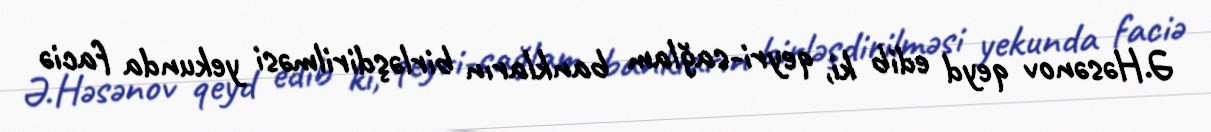
Ə.Həsənov qeyd edib ki, qeyri-sağlam bankların birləşdirilməsi yekunda faciə